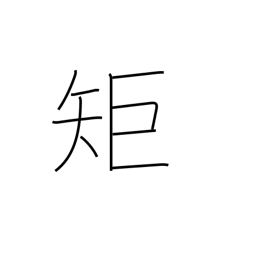
Meaning: ruler